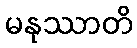
မနုဿာတိ